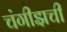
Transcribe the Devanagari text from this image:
चंगीझची